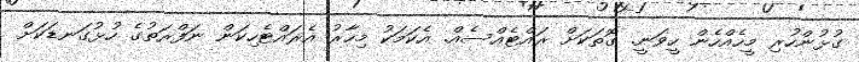
ގުޅުންހުރި މީހެއްހެން ހީވަނީ. ގޮތަކަށް ރައްޓެއްސެއް. އެކަމަކު މިހާރު އެރައްޓެހިކަން ނަފްރަތުގެ ހުޅުގަނޑަކަށް